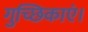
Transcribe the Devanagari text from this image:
गुच्छिकाएं।